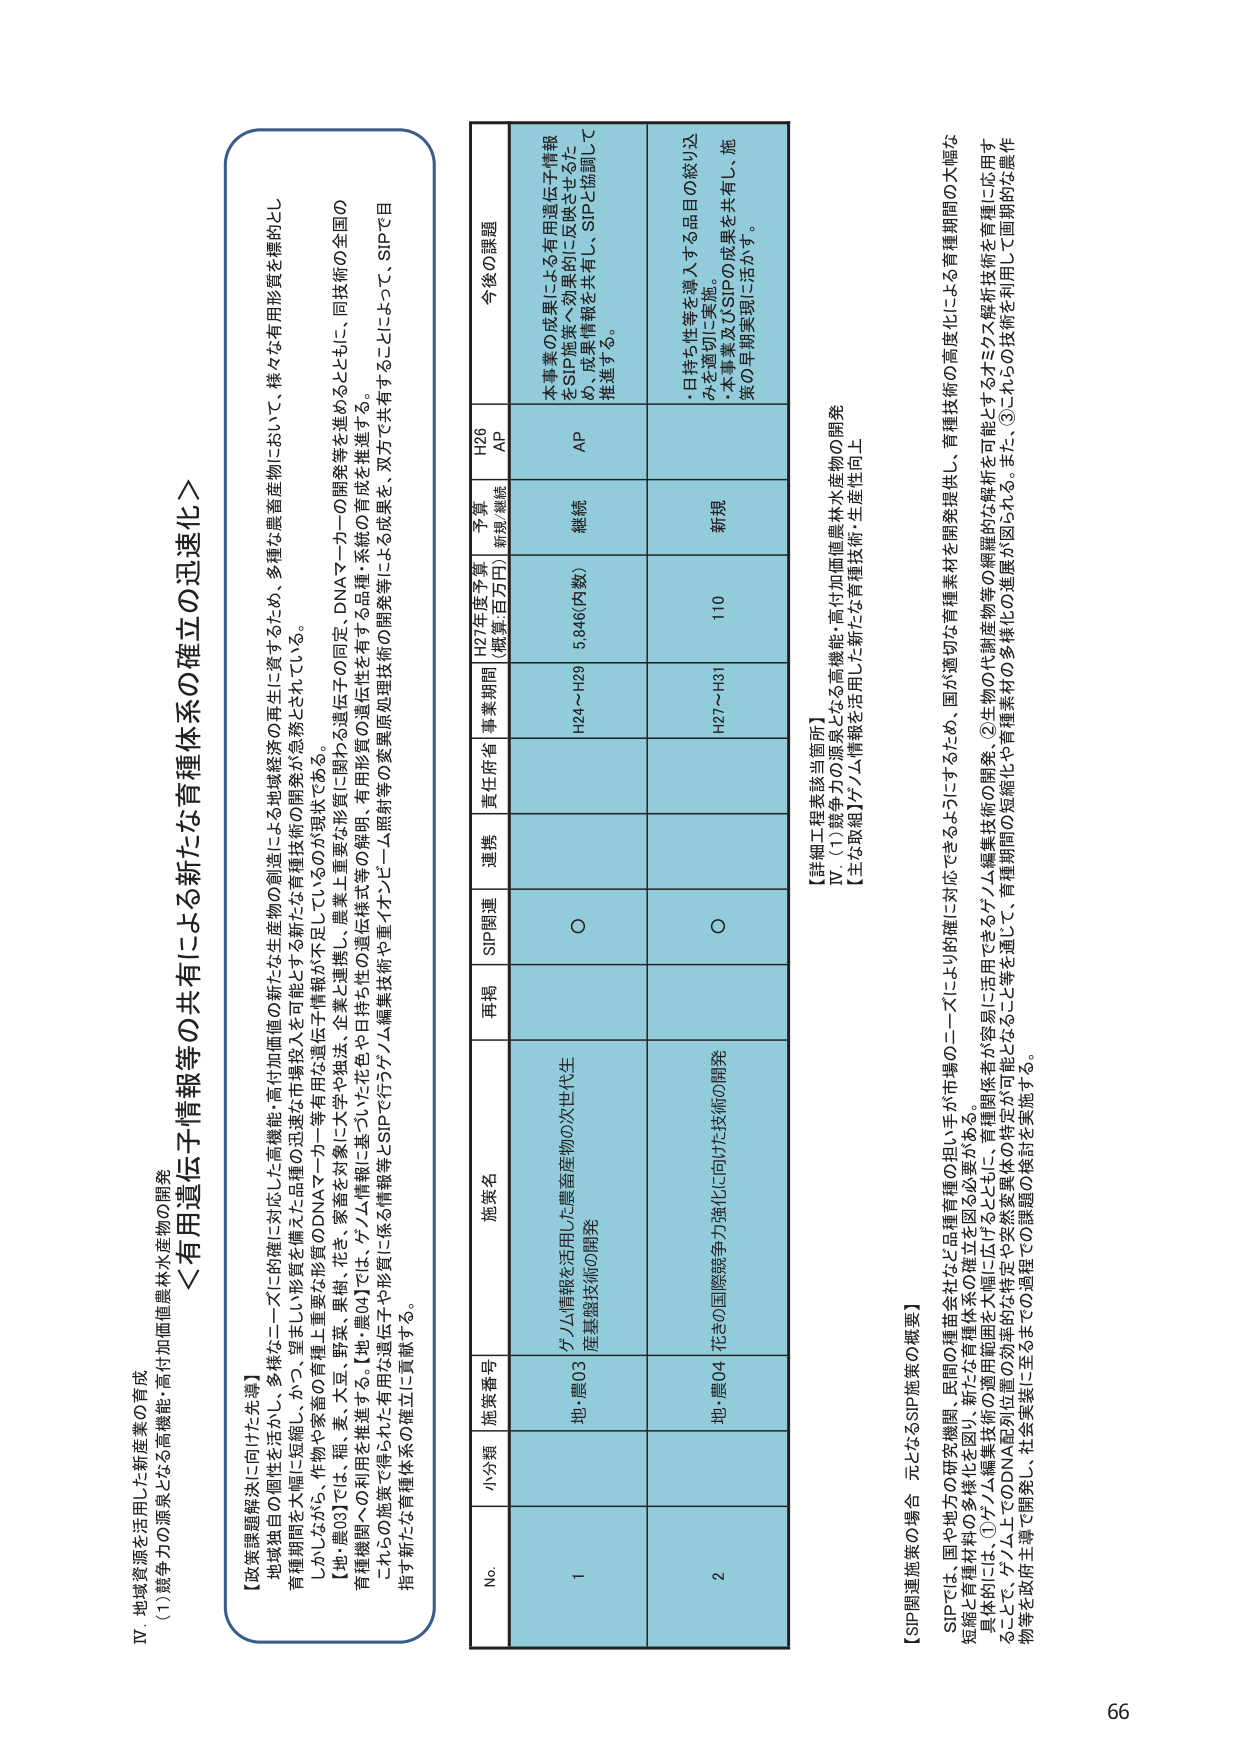
IV. 地域資源を活用した新産業の育成
(1) 競争力の源泉となる高機能・高付加価値農林水産物の開発

＜有用遺伝子情報等の共有による新たな育種体系の確立の迅速化＞

【政策課題解決に向けた先導】
地域独自の個性を活かし、多様なニーズに的確に対応した高機能・高付加価値の新たな生産物の創造による地域経済の再生に資するため、多種な農畜産物において、様々な有用形質を標的とし
育種機関を大幅に短縮し、かつ、望ましい形質を導入する新たな育種技術の開発が急務とされている。
しかしながら、作物や家畜の育種上重要な形質のDNAマーカー等有用な遺伝子情報が不足しているのが現状である。
【地・農03】では、稲、麦、大豆、野菜、果樹、花き、家畜を対象に大々や独立行政法人農業生産基盤機構（JIRCAS）と連携し、DNAマーカーの開発を進めるとともに、同技術の全国の
育種機関への利用を推進する。【地・農04】では、ゲノム情報に基づいた花色や日持ち性の遺伝様式等の解明、有用形質の遺伝性を有する品種・系統の育成を推進する。
これらの施策で得られる有用な遺伝子や形質に係る情報等とSIPで行うゲノム編集技術や重イオンビーム照射等の変異処理技術の開発等による成果を、双方で共有することによって、SIPで目
指す新たな育種体系の確立に貢献する。

No. 小分類 施策番号 施策名 再掲 SIP関連 連携 責任府省 事業期間 H27年度予算 （概算・百万円） 予算 新規/継続 H26 AP 今後の課題
1 地・農03 ゲノム情報を活用した農畜産物の次世代生産基盤技術の開発 ○ H24～H29 5,846（内数） 継続 AP 本事業の成果による有用遺伝子情報
をSIP施策へ効果的に反映させるた
め、成果情報を共有し、SIPと協調して
推進する。
2 地・農04 花きの国際競争力強化に向けた技術の開発 ○ H27～H31 110 新規 ・日持ち性等を導入する品目の取り込
みを適切に実施。
・本事業及びSIPの成果を共有し、施
策の早期実現に活かす。

【詳細工程表該当箇所】
IV. (1) 競争力の源泉となる高機能・高付加価値農林水産物の開発
【主な取組】ゲノム情報を活用した新たな育種技術・生産性向上

【SIP関連施策の場合 元となるSIP施策の概要】
SIPでは、国や地方の研究機関、民間の種苗会社など品種・育種の担い手が市場のニーズにより的確に対応できるようになるため、国が適切な育種素材を開発提供し、育種技術の高度化にによる育種期間の大幅な
短縮と育種材料の多様化を図り、新たな育種体系の確立を図る必要がある。
具体的には、①ゲノム編集技術の適用範囲を広げるとともに、育種関係者が容易に活用できるゲノム編集技術の開発、②生物の代謝産物等の網羅的な解析を可能とするオミクス解析技術を育種に応用す
ることで、ゲノム上でDNA配列位置の効率的な特定や突然変異体の特定が可能となること等を通して、育種期間の短縮化や育種素材の多様化の進展が図られる。また、③これらの技術を利用して画期的な農作
物等を政府主導で開発し、社会実装に至るまでの過程での課題の検討を実施する。

66